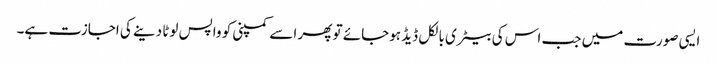
ایسی صورت میں جب اس کی بیٹری بالکل ڈیڈ ہوجائے تو پھر اسے کمپنی کو واپس لوٹا دینے کی اجازت ہے۔